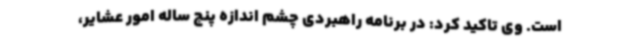
است. وی تاکید کرد: در برنامه راهبردی چشم اندازه پنج ساله امور عشایر،